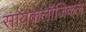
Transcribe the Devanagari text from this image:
सायकलॉजिकल